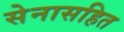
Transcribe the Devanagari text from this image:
सेनासहित